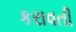
કરાવતી